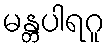
မန္တပါရဂူ